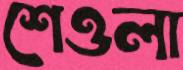
শেওলা